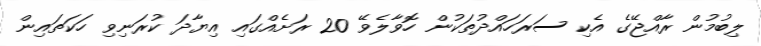
ލިބުމުން ރާއްޖޭގެ އެކި ސަރަހައްދުތަކުން ހޮވާލެވޭ 20 ރަށެއްގައި އިޔާދަ ކުރަނިވި ހަކަތައިން